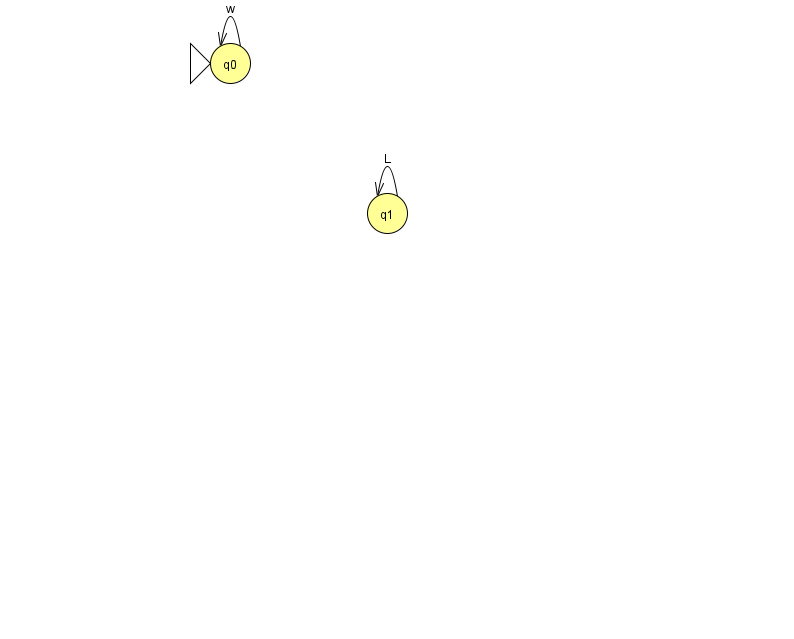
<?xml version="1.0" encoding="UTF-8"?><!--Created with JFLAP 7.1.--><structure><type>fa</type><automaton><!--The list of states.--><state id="0" name="q0"><x>230.0</x><y>50.0</y><initial/></state><state id="1" name="q1"><x>387.0</x><y>200.0</y></state><!--The list of transitions.--><transition><from>0</from><to>0</to><read>w</read></transition><transition><from>1</from><to>1</to><read>L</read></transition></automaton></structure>